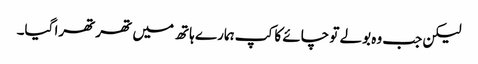
لیکن جب وہ بولے تو چائے کا کپ ہمارے ہاتھ میں تھرتھرا گیا۔